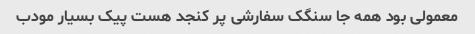
معمولی بود همه جا سنگک سفارشی پر کنجد هست پیک بسیار مودب